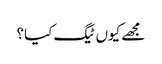
مجھے کیوں ٹیگ کیا؟